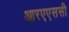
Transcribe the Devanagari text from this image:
आरएएससी